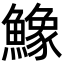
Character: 鱌